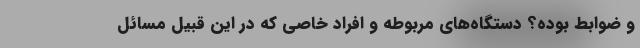
و ضوابط بوده؟ دستگاه‌های مربوطه و افراد خاصی که در این قبیل مسائل